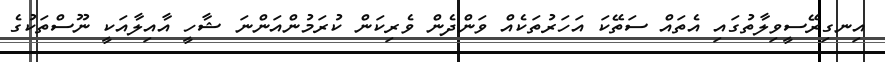
އިނގިރޭސީވިލާތުގައި އެތައް ސަތޭކަ އަހަރުތަކެއް ވަންދެން ވެރިކަން ކުރަމުންއަންނަ ޝާހީ އާއިލާއަކީ ނޫސްތަކުގެ